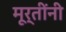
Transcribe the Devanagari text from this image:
मूर्तींनी